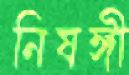
নিষঙ্গী